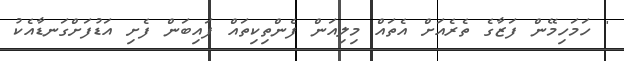
' ހަމަހިމޭން ފަޒާގެ ތެރެއަށް އެތައް މިލިއަން ފެންތިކިތައް ފައިބަން ފެށި އަޑުފަށްގަނޑާއެކު